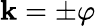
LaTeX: \mathbf{k}=\pm\varphi